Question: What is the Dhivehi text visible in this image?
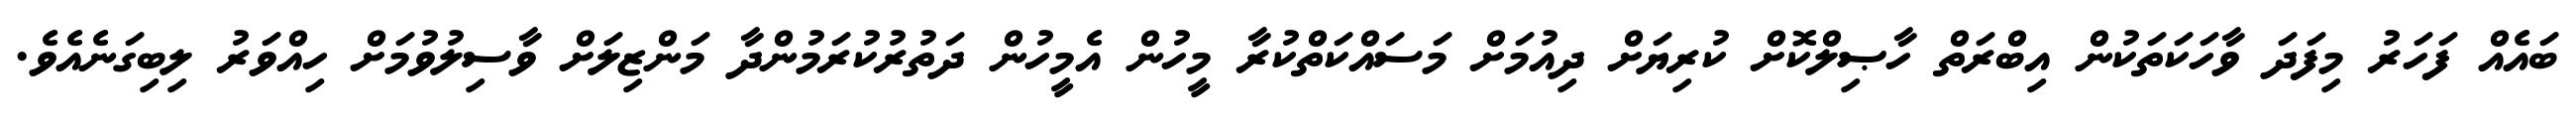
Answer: ބައެއް ފަހަރު މިފަދަ ވާހަކަތަކުން އިބްރަތް ހާޞިލްކޮށް ކުރިޔަށް ދިއުމަށް މަސައްކަތްކުރާ މީހުން އެމީހުން ދަތުރުކުރަމުންދާ މަންޒިލަށް ވާސިލުވުމަށް ހިއްވަރު ލިބިގަނެއެވެ.